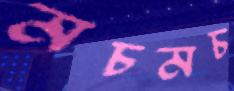
মচমচ